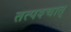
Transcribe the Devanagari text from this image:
तत्पश्‍चात्